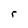
Character: r